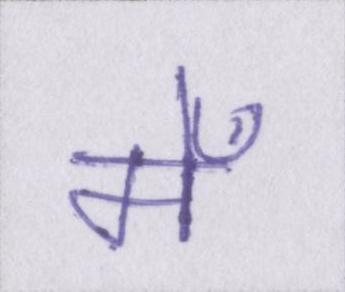
मेँ